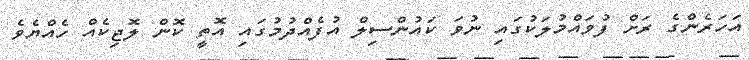
އަހަރެންގެ ރަށް ފުވައްމުލަކުގައި ނުވަ ކައުންސިލް އުފެއްދުމުގައި އޮތީ ކޮން ލޮޖިކެއް ހެއްޔެވެ